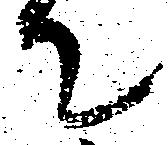
て